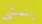
يتمشى